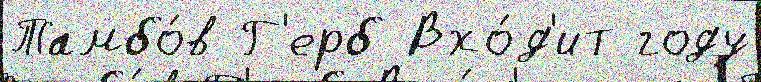
Тамбо́в Г'ерб Вхо́д'ит году